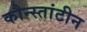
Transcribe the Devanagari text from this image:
कौन्स्तांटीन